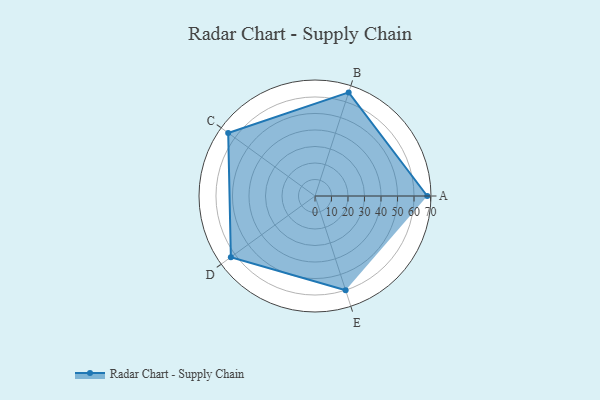
{"axis": {"x": "Skill", "y": "Score"}, "legend": ["Profile"], "data": [{"x": "A", "y": 68.0, "type": "Profile"}, {"x": "B", "y": 66.0, "type": "Profile"}, {"x": "C", "y": 65.0, "type": "Profile"}, {"x": "D", "y": 63.0, "type": "Profile"}, {"x": "E", "y": 60.0, "type": "Profile"}]}